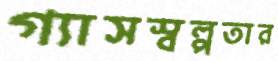
গ্যাসস্বল্পতার